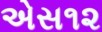
એસ૧૨